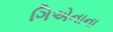
ગિએનાના